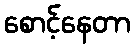
စောင့်နေတာ